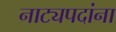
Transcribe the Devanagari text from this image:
नाट्यपदांना